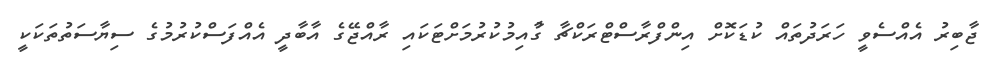
ޖާބިރު އެއްސެވީ ހަރަދުތައް ކުޑަކޮށް އިންފްރާސްޓްރަކްޗާ ގާުއިމުކުރުމަށްޓަކައި ރާއްޖޭގެ އާބާދީ އެއްފަސްކުރުމުގެ ސިޔާސަތުތަކަކީ